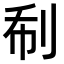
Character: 𠛻